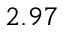
2 . 9 7